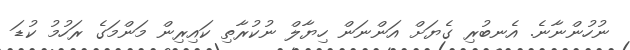
ނުހުންނާނެ. އެނބުރި ގެޔަށް އަންނަަން ހިޔާލް ނުކުރާތި ކައިރިން މަންމަގެ ރަހުމު ކުޑަ